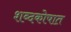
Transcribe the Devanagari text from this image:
शब्दकोषात